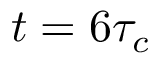
t = 6 \tau _ { c }